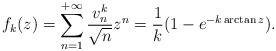
\begin{align*}f_k(z)=\sum_{n=1}^{+\infty} \frac{v_n^{k}}{\sqrt{n}} z^n=\frac{1}{k}(1-e^{-k\arctan z}).\end{align*}